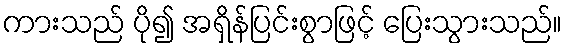
ကားသည် ပို၍ အရှိန်ပြင်းစွာဖြင့် ပြေးသွားသည်။